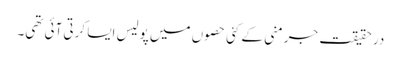
در حقیقت جرمنی کے کئی حصوں میں پولیس ایسا کرتی آئی تھی۔